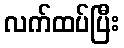
လက်ထပ်ပြီး